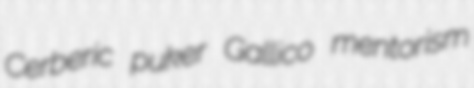
Cerberic puker Gallico mentorism